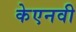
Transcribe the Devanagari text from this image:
केएनवी